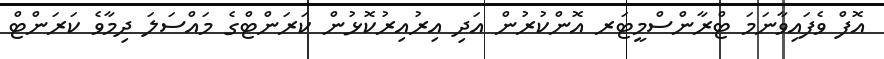
އޮފް ވެފައިވާނަމަ ޓްރާންސްމީޓަރ އޮންކުރުން އަދި އިރުއިރުކޮޅުން ކަރަންޓްގެ މައްސަލަ ދިމާވެ ކަރަންޓް